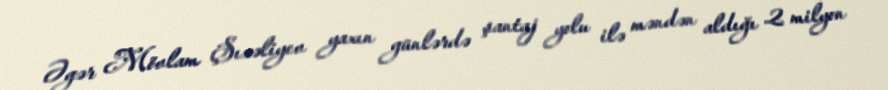
Əgər Mövlam Şıxəliyev yaxın günlərdə şantaj yolu ilə məndən aldığı 2 milyon